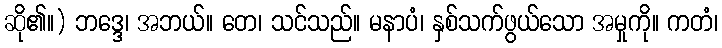
ဆို၏။) ဘဒ္ဒေ၊ အဘယ်။ တေ၊ သင်သည်။ မနာပံ၊ နှစ်သက်ဖွယ်သော အမှုကို။ ကတံ၊